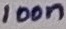
Text: 100n